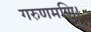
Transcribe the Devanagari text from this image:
गरुणमणि।